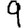
Digit: 9